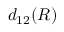
d _ { 1 2 } ( R )